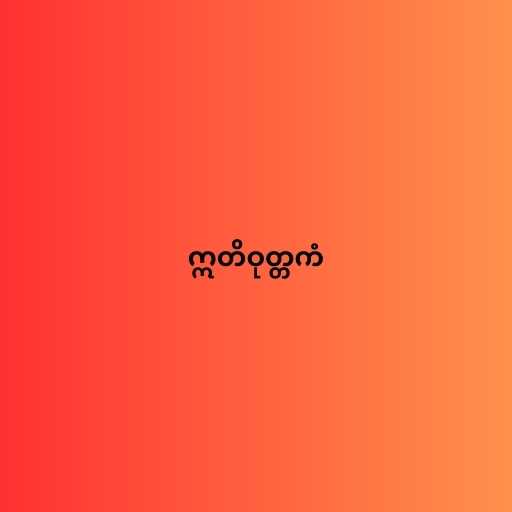
ဣတိဝုတ္တကံ